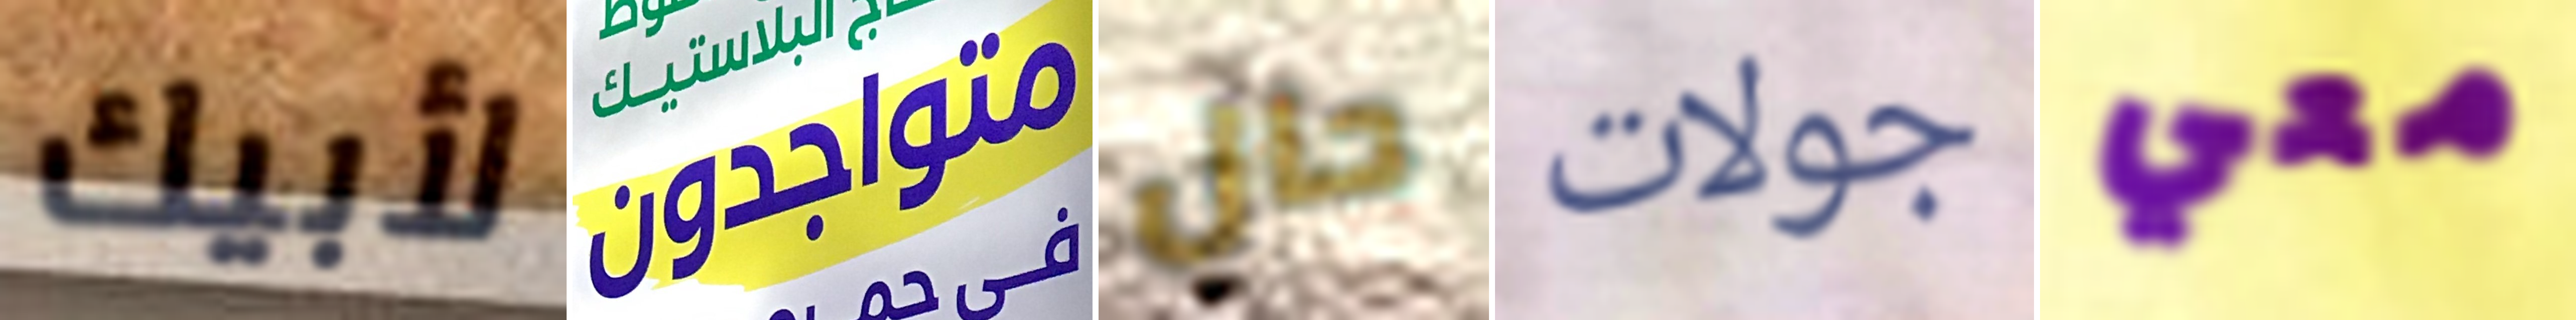
لأبيك متواجدون حال جولات معي